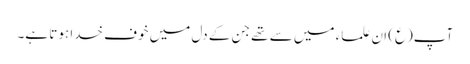
آپ(ع) ان علماء میں سے تھے جن کے دل میں خوف خدا ہوتا ہے۔